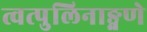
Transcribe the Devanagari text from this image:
त्वत्पुलिनाङ्गणे